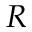
R